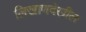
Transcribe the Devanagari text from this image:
लिखाणदेखील